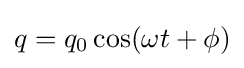
q=q_{0}\cos(\omega t+\phi )\,\!